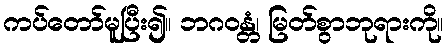
ကပ်တော်မူပြီး၍။ ဘဂဝန္တံ၊ မြတ်စွာဘုရားကို။